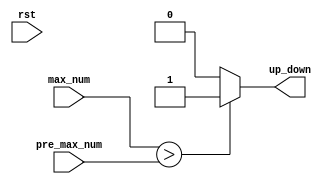

module Compare(up_down,max_num,pre_max_num,rst);
	input rst;
	input [3:0]max_num; 
	input [3:0]pre_max_num;
	output reg up_down; 
	always @(max_num) begin
		if (max_num>pre_max_num) begin up_down=1; end
		else begin up_down=0; end
	end
endmodule